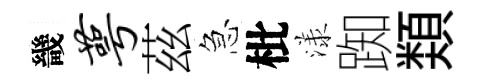
畿萼茲急枇漾踟𩔖